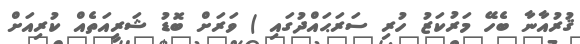
ޤުރުއާނާ ބެހޭ މަރުކަޒު ހުރި ސަރަޙައްދުގައި ) ވަރަށް ބޮޑު ޝަރީއަތެއް ކުރިއަށް